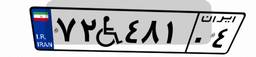
۷۲W۴۸۱۰۴